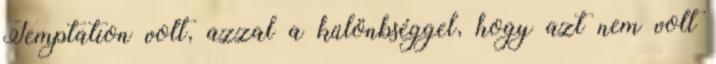
Temptation volt, azzal a különbséggel, hogy azt nem volt